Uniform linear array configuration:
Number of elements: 4
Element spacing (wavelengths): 0.75
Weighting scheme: hamming
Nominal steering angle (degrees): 45
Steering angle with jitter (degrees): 46.506
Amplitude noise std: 0.05
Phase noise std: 0.05

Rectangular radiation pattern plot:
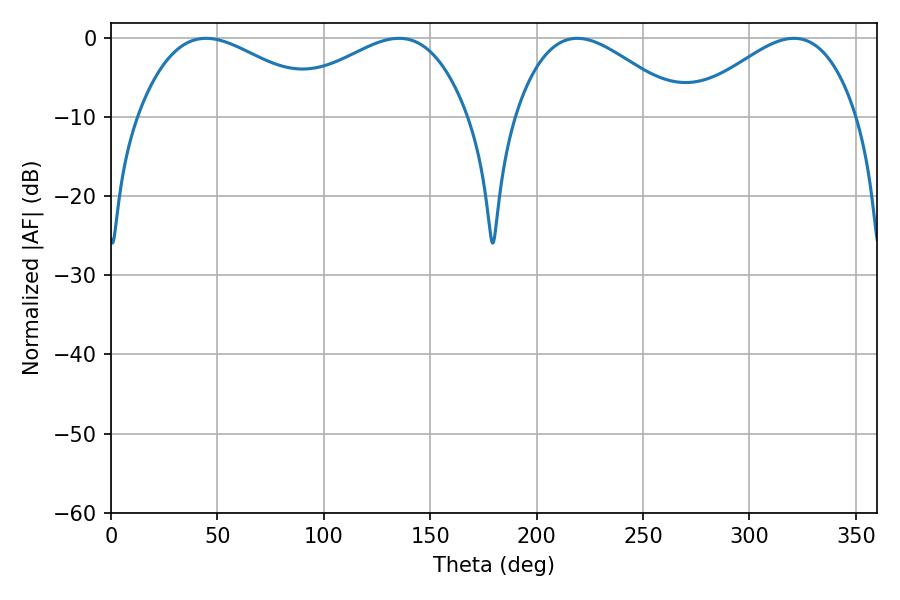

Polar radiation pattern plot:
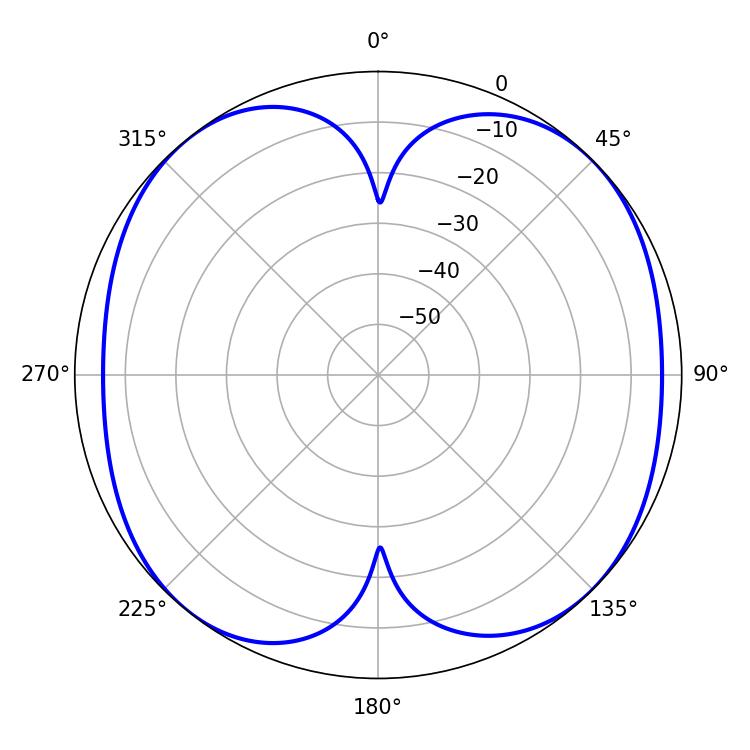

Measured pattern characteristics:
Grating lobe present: TRUE
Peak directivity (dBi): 11.05
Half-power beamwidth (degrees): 49.14
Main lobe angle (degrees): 44.64